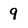
Character: 9